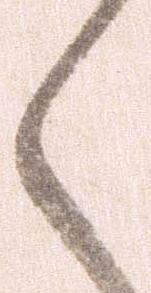
く